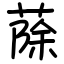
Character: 蒢